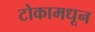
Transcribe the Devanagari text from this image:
टोकामधून